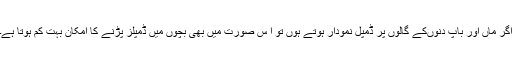
اگر ماں اور باپ دنوںکے گالوں پر ڈمپل نمودار ہوتے ہوں تو ا س صورت میں بھی بچوں میں ڈمپلز پڑنے کا امکان بہت کم ہوتا ہے۔